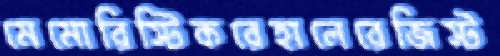
মেমোরিস্টিকরেহালেরেজিস্ট